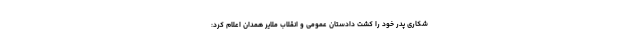
شکاری پدر خود را کشت دادستان عمومی و انقلاب ملایر همدان اعلام کرد: